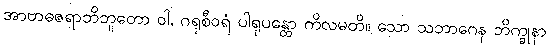
အာဗာဓဇရာဘိဘူတော ဝါ, ဂရုစီဝရံ ပါရုပန္တော ကိလမတိ။ သော သဘာဂေန ဘိက္ခုနာ